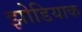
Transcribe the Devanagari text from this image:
झोडियाक